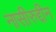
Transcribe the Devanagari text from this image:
नासीरुद्दीन